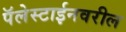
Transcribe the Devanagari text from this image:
पॅलेस्टाईनवरील